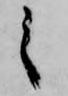
之